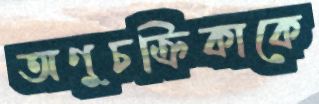
অণুচক্রিকাকে